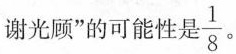
谢光顾”的可能性是\frac{1}{8} 。